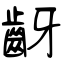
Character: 齖